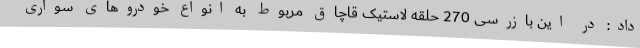
داد: در این بازرسی 270 حلقه لاستیک قاچاق مربوط به انواع خودروهای سواری